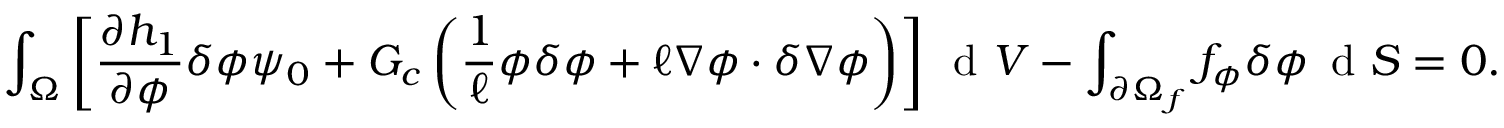
\int _ { \Omega } \left[ \frac { \partial h _ { 1 } } { \partial \phi } \delta \phi \psi _ { 0 } + G _ { c } \left( \frac { 1 } { \ell } \phi \delta \phi + \ell \nabla \phi \cdot \delta \nabla \phi \right) \right] \, \mathrm { ~ d ~ } V - \int _ { \partial \Omega _ { f } } f _ { \phi } \delta \phi \, \mathrm { ~ d ~ } S = 0 .